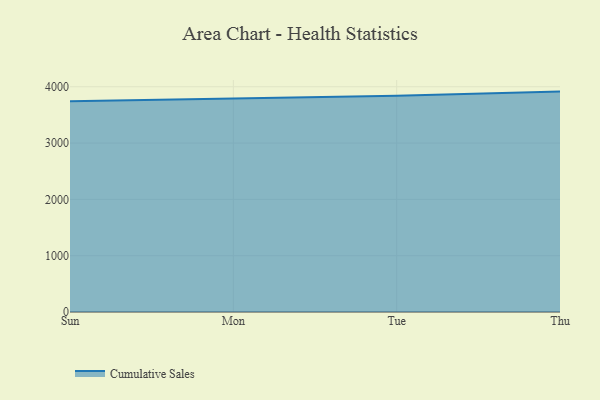
{"axis": {"x": "Day", "y": "Satisfaction Score"}, "legend": ["Cumulative Sales"], "data": [{"x": "Sun", "y": 3743.9, "type": "Cumulative Sales"}, {"x": "Mon", "y": 3793.6, "type": "Cumulative Sales"}, {"x": "Tue", "y": 3838.4, "type": "Cumulative Sales"}, {"x": "Thu", "y": 3913.9, "type": "Cumulative Sales"}]}